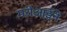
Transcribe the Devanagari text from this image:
मरीआईने